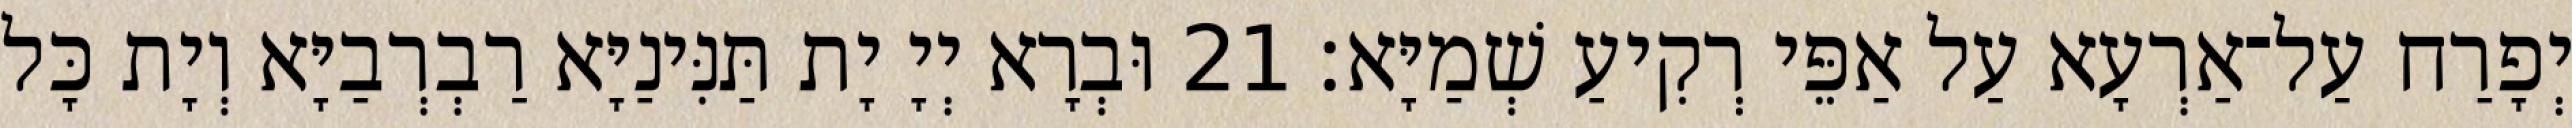
יְפָרַח עַל־אַרְעָא עַל אַפֵּי רְקִיעַ שְׁמַיָּא׃ 21 וּבְרָא יְיָ יָת תַּנִּינַיָּא רַבְרְבַיָּא וְיָת כָּל